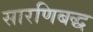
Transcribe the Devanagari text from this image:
सारणिबद्ध